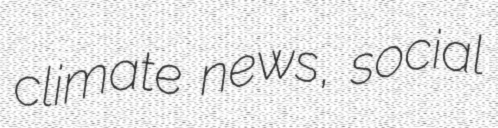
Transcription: climate news, social